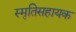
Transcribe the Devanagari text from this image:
स्मृतिसहायक